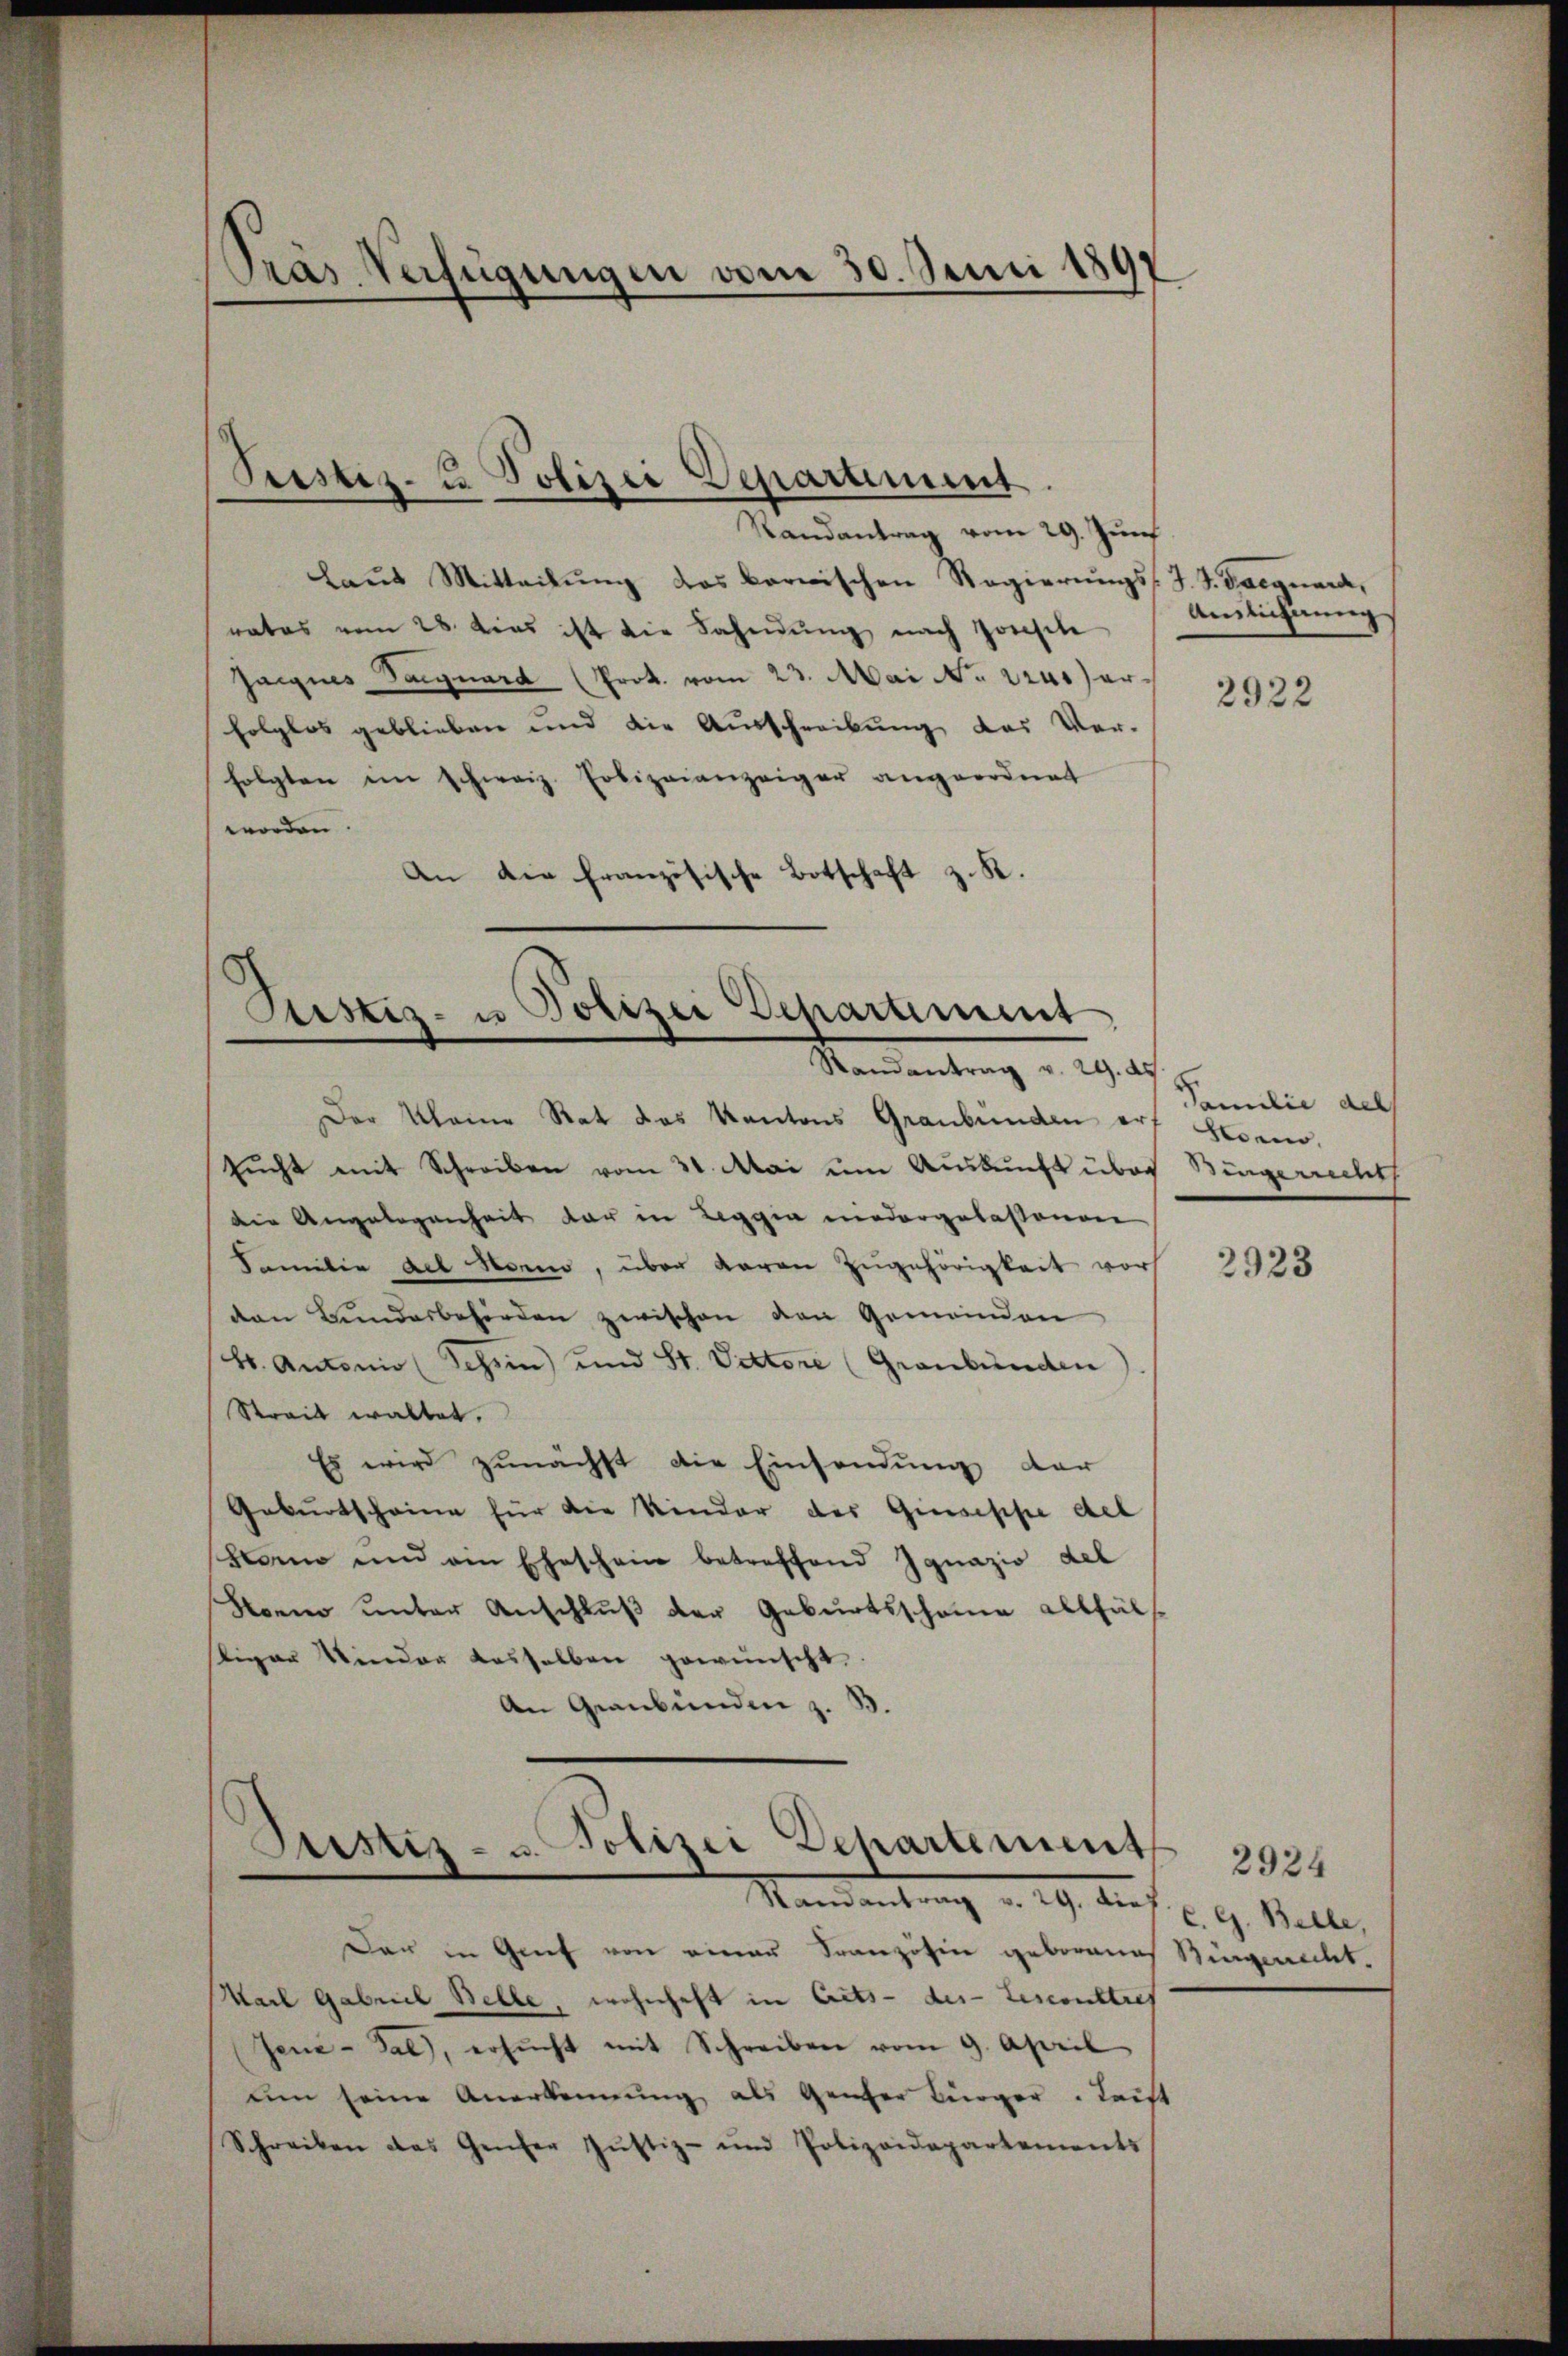
Pras Verfügungen vom 30. Juni 1897

Randantrag vom 29. Zunf
Laut Mitteilung des bernischen Regierungs- J. J. Daegnard,
rates vom 28. dies ist die Fahndŭng nach Josefle
Jaignes Saiguard (Prok. vom 23. Mai No 1240) erfolglos geblieben und die Ausschreibung des Ver-
folgten im schweiz. Polizeianzeiger angeordnet
worden.
An die französische Botschaft z. R.

Pustiz- u. Polizei Departement.

Justiz- u Polizei Departement
Mandantrag v. 29.

Der Kleine Rat das Kantons Graubünden erf Hono
sucht mit Schreiben vom 31. Mai um Auskunft über Bürgerrecht
die Angelegenheit dar in Leggia niedergelassenen
Familie del Honio, über davon Zugehörigkeit vorh
den Bŭndesbehörden zwischen den Gemeinden
H. Antonio (Schein) und St. Victori (Graubünden
Streit waltet.
Es wird zunächst die Einsendung der
Gebŭrtscheine für die Kinder der Giuseppe del
Fano und ein Eheschein betreffend Jgnazio del
Hanno unter Anschluß der Geburtsschaue allfälliger Kinder dasselben gewünscht,
An Graubünden z. B.

Sistiz- u. Polizei Departement

Das in Grief von einer Französin geborenes Bürgerrecht.
Karl Gabrich Belle, wohnhaft in Crets - des Lesconstres
Jené-Gal), ersŭcht mit Schreiben vom 9. April
un seine Anerkennung als Ganter Bürger. Leist
Schreiben das Genfer Justiz- und Polizeidepartements

Auslichnung

2922

Familie del

2923

2924
C.G. Bille,